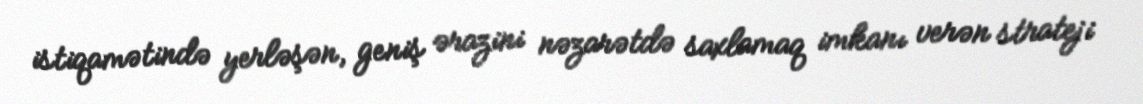
istiqamətində yerləşən, geniş ərazini nəzarətdə saxlamaq imkanı verən strateji